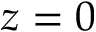
z = 0